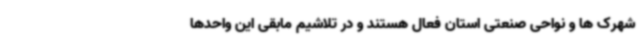
شهرک ها و نواحی صنعتی استان فعال هستند و در تلاشیم مابقی این واحدها